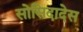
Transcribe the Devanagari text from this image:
सोसिदादेस